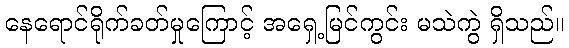
နေရောင်ရိုက်ခတ်မှုကြောင့် အရှေ့မြင်ကွင်း မသဲကွဲ ရှိသည်။